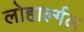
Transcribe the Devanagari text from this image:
लोहार्ल्गल